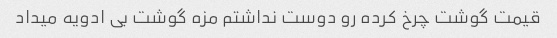
قیمت گوشت چرخ کرده رو دوست نداشتم مزه گوشت بی ادویه میداد